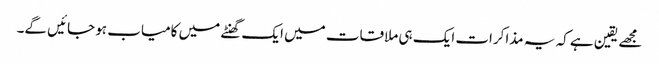
مجھے یقین ہے کہ یہ مذاکرات ایک ہی ملاقات میں ایک گھنٹے میں کامیاب ہو جائیں گے۔